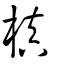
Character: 槇